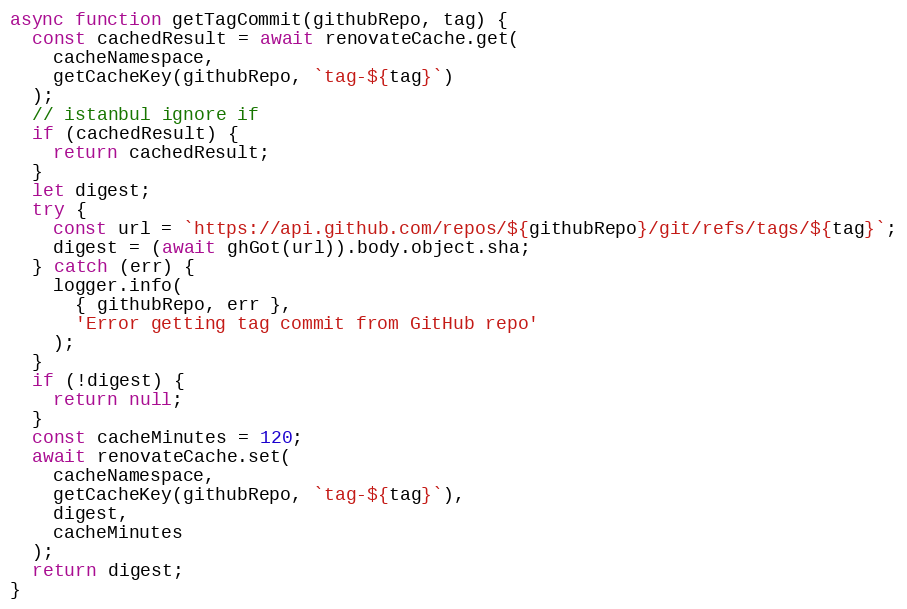
Language: JavaScript
async function getTagCommit(githubRepo, tag) {
  const cachedResult = await renovateCache.get(
    cacheNamespace,
    getCacheKey(githubRepo, `tag-${tag}`)
  );
  // istanbul ignore if
  if (cachedResult) {
    return cachedResult;
  }
  let digest;
  try {
    const url = `https://api.github.com/repos/${githubRepo}/git/refs/tags/${tag}`;
    digest = (await ghGot(url)).body.object.sha;
  } catch (err) {
    logger.info(
      { githubRepo, err },
      'Error getting tag commit from GitHub repo'
    );
  }
  if (!digest) {
    return null;
  }
  const cacheMinutes = 120;
  await renovateCache.set(
    cacheNamespace,
    getCacheKey(githubRepo, `tag-${tag}`),
    digest,
    cacheMinutes
  );
  return digest;
}